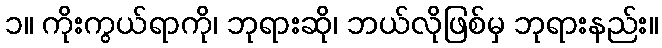
၁။ ကိုးကွယ်ရာကို၊ ဘုရားဆို၊ ဘယ်လိုဖြစ်မှ ဘုရားနည်း။